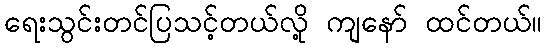
ရေးသွင်းတင်ပြသင့်တယ်လို့ ကျနော် ထင်တယ်။